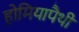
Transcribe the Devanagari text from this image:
होमियापैथी